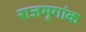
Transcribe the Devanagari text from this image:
राजमृगांक